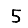
Digit: 5